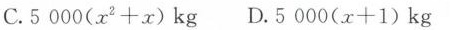
C.$$5 0 0 0 ( x ^ { 2 } + x )$$ kg D.$$5 0 0 0 ( x + 1 )$$ kg